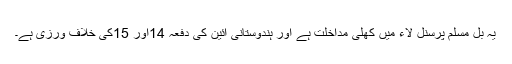
یہ بل مسلم پرسنل لاء میں کھلی مداخلت ہے اور ہندوستانی آئین کی دفعہ 14اور 15کی خلاف ورزی ہے۔